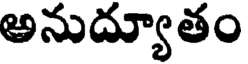
అనుద్యూతం